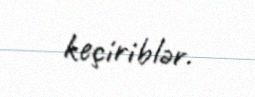
keçiriblər.